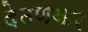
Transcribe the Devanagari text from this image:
देठणकर